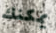
يمكنك